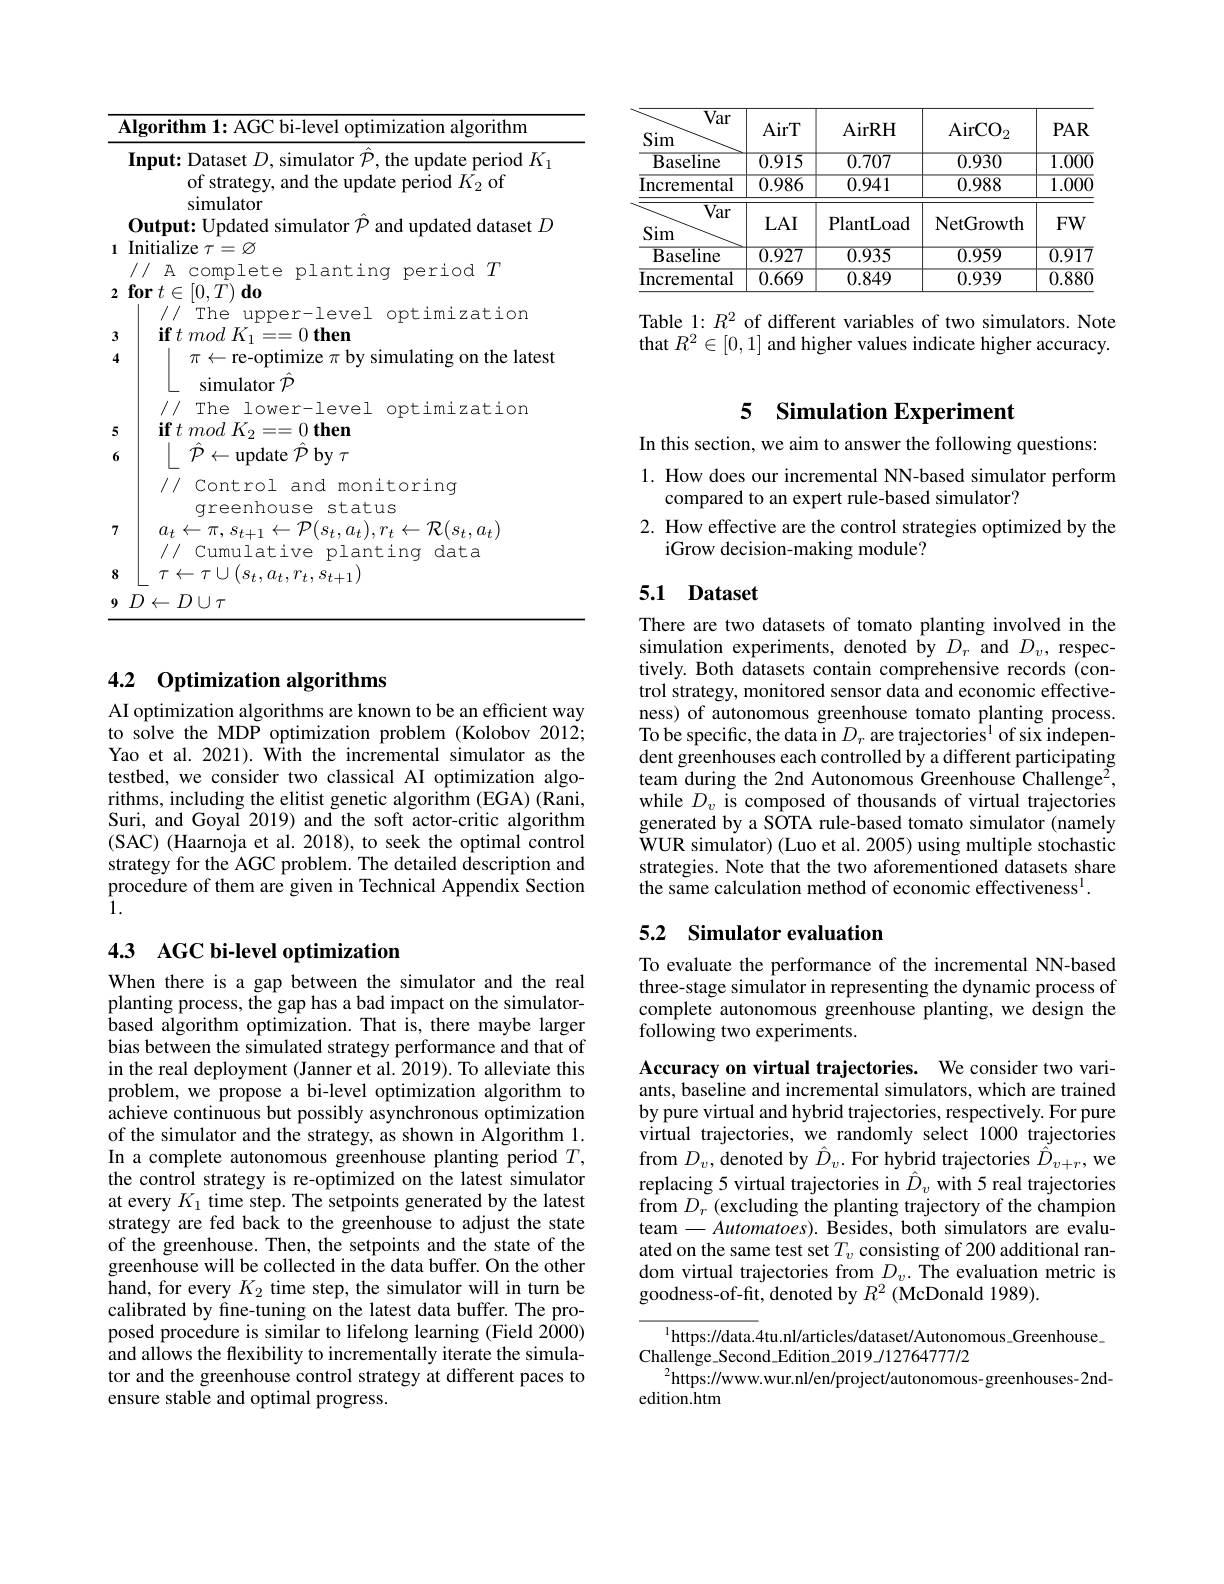
<table>
	<tbody>
		<tr>
			<td>$\mathbf{A}$</td>
			<td>$\textbf{lgorithm 1: AGC bi- level optimization algorithm}$</td>
		</tr>
		<tr>
			<td>1</td>
			<td>Input: Dataset $D$, simulator $\mathcal{P}$, the update period $K_{1}$ of strategy, and the update period $K_2$ of simulator</td>
		</tr>
		<tr>
			<td>I 1</td>
			<td>Output: Updated simulator $\mathcal{P}$ and updated dataset $L$ Initialize $\tau=\varnothing$</td>
		</tr>
		<tr>
			<td>$\textbf{f}$ 2</td>
			<td>// A complete planting period $T$ $\textbf{for}t\in [ 0, T) \textbf{do}$</td>
		</tr>
		<tr>
			<td>- 3</td>
			<td>The $upper-1eve\bot$ optimization</td>
		</tr>
		<tr>
			<td>D 4</td>
			<td>TIT $\leftarrow$re-optimize $\therefore$ simulatingonthelatest</td>
		</tr>
		<tr>
			<td>E</td>
			<td>simulator $\mathcal{P}$ /// The lower-level optimization</td>
		</tr>
		<tr>
			<td>6</td>
			<td>$\ddot{\mathcal{P} }$ , $\leftarrow$update $\hat{\mathcal{P}}$ by $\tau$ /// Control and monitoring</td>
		</tr>
		<tr>
			<td>7</td>
			<td>$a_{t}\leftarrow\pi,s_{t+1}\leftarrow\mathcal{P}(s_{t},a_{t}),r_{t}\leftarrow\mathcal{R}(s_{t},a_{t})$</td>
		</tr>
		<tr>
			<td>8</td>
			<td>${\perp}$119 $\tau\leftarrow\tau\cup\left(s_{t},a_{t},r_{t},s_{t+1}\right)$</td>
		</tr>
		<tr>
			<td>9</td>
			<td>$D\leftarrow D\cup\tau$</td>
		</tr>
	</tbody>
</table>

## 4.2 Optimization algorithms

AI optimization algorithms are known to be an efficient way to solve the MDP optimization problem (Kolobov 2012; Yao et al. 2021). With the incremental simulator as the testbed, we consider two classical AI optimization algorithms, including the elitist genetic algorithm (EGA) (Rani, Suri, and Goyal 2019) and the soft actor-critic algorithm (SAC) (Haarnoja et al. 2018), to seek the optimal control strategy for the AGC problem. The detailed description and procedure of them are given in Technical Appendix Section 1.

### 4.3 AGC bi-level optimization

When there is a gap between the simulator and the real planting process, the gap has a bad impact on the simulatorbased algorithm optimization. That is, there maybe larger bias between the simulated strategy performance and that of in the real deployment (Janner et al. 2019). To alleviate this problem, we propose a bi-level optimization algorithm to achieve continuous but possibly asynchronous optimization of the simulator and the strategy, as shown in Algorithm 1. In a complete autonomous greenhouse planting period $T$, the control strategy is re-optimized on the latest simulator at every $K_1$ time step. The setpoints generated by the latest strategy are fed back to the greenhouse to adjust the state of the greenhouse. Then, the setpoints and the state of the greenhouse will be collected in the data buffer. On the other hand, for every $K_2$ time step, the simulator will in turn be calibrated by fine-tuning on the latest data buffer. The proposed procedure is similar to lifelong learning (Field 2000) and allows the flexibility to incrementally iterate the simulator and the greenhouse control strategy at different paces to ensure stable and optimal progress

<table>
	<tbody>
		<tr>
			<th>$\overline{\mathrm{Var}}$</th>
			<th>AirT</th>
			<th>AirRH</th>
			<th>$\mathrm{AirCO}_{2}$</th>
			<th>$PAR$</th>
		</tr>
		<tr>
			<td>$\overline{{\mathrm{Baseline}}}$</td>
			<td>$\overline{0.915}$</td>
			<td>0.707</td>
			<td>$\overline{0.930}$</td>
			<td>$\overline{1.000}$</td>
		</tr>
		<tr>
			<td>Incremental</td>
			<td>$\overline{0.986}$</td>
			<td>0.941</td>
			<td>0.988</td>
			<td>$\overline{1.000}$</td>
		</tr>
		<tr>
			<td>$\overline{\mathrm{Var}}$</td>
			<td>$LAI$</td>
			<td>PlantLoad</td>
			<td>NetGrowth</td>
			<td>$FW$</td>
		</tr>
		<tr>
			<td>$\overline{{\mathrm{Baseline}}}$</td>
			<td>$\overline{0.927}$</td>
			<td>$\overline{0.935}$</td>
			<td>0.959</td>
			<td>$\overline{0.917}$</td>
		</tr>
		<tr>
			<td>Incremental</td>
			<td>0.669</td>
			<td>0.849</td>
			<td>0.939</td>
			<td>0.880</td>
		</tr>
	</tbody>
</table>

Table 1: $R^2$ of different variables of two simulators. Note that $R^2\in[0,1]$ and higher values indicate higher accuracy.

## 5 Simulation Experiment

In this section, we aim to answer the following questions:
1. How does our incremental NN-based simulator perform
compared to an expert rule-based simulator?
2. How effective are the control strategies optimized by the
iGrow decision-making module?

## 5.1 Dataset

There are two datasets of tomato planting involved in the simulation experiments, denoted by $D_{r}$ and $D_{v}$, respectively. Both datasets contain comprehensive records (control strategy, monitored sensor data and economic effectiveness) of autonomous greenhouse tomato planting process. To be specific, the data in $D_r\text{ are trajectories}^1$ of six independent greenhouses each controlled by a different participating team during the 2nd Autonomous Greenhouse Challenge$^2$, while $D_v$ is composed of thousands of virtual trajectories generated by a SOTA rule-based tomato simulator (namely WUR simulator) (Luo et al. 2005) using multiple stochastic strategies. Note that the two aforementioned datasets share the same calculation method of economic effectiveness$^{\mathrm{l}}.$

## 5.2 Simulator evaluation

To evaluate the performance of the incremental NN-based three-stage simulator in representing the dynamic process of complete autonomous greenhouse planting, we design the $\tilde{\text{following two experiments}}.$

Accuracy on virtual trajectories. We consider two variants, baseline and incremental simulators, which are trained by pure virtual and hybrid trajectories, respectively. For pure virtual trajectories, we randomly select 1000 trajectories from $D_v$,denoted by $\hat{D}_v.$ For hybrid trajectories $\hat{D}_v+r$,we replacing 5 virtual trajectories in $\hat{D}_v$ with 5 real trajectories from $D_{r}$ (excluding the planting trajectory of the champion team$-Automatoes).$ Besides, both simulators are evaluated on the same test set $T_v$ consisting of 200 additional random virtual trajectories from $D_v.$ The evaluation metric is goodness-of-fit, denoted by $R^2$ (McDonald 1989).

$^{1}$https://data.4tu.nl/articles/dataset/Autonomous\_Greenhouse\_
Challenge\_Second\_Edition\_2019/12764777/2
$^{2}$https://www.wur.nl/en/project/autonomous-greenhouses-2nd-
edition.htm